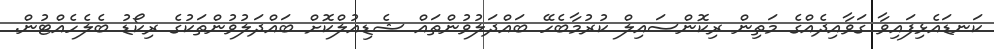
ކަނޑައެޅިފައިވާ ގަވާއިދެއްގެ މަތިން ރިކޮންސައިލް ކުރުމާބެހޭ ބައްދަލުވުންތައް ޝެޑިއުލްކޮށް ބައްދަލުވުންތަކުގެ ރިކޯޑު ބެލެހެއްޓުން.